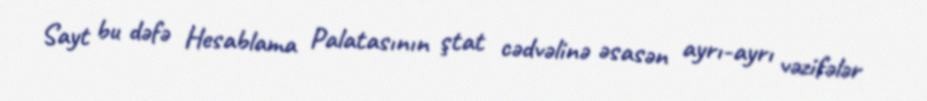
Sayt bu dəfə Hesablama Palatasının ştat cədvəlinə əsasən ayrı-ayrı vəzifələr